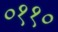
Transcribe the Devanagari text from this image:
०११०